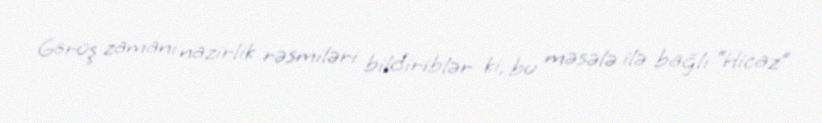
Görüş zamanı nazirlik rəsmiləri bildiriblər ki, bu məsələ ilə bağlı “Hicaz”